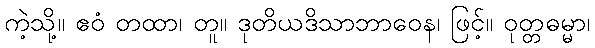
ကဲ့သို့။ ဧဝံ တထာ၊ တူ။ ဒုတိယဒိသာဘာဝေန၊ ဖြင့်။ ဝုတ္တဓမ္မာ၊